King Institute of Preventive Medicine Micro-Biological Section reports 1909-11
Year: 1909
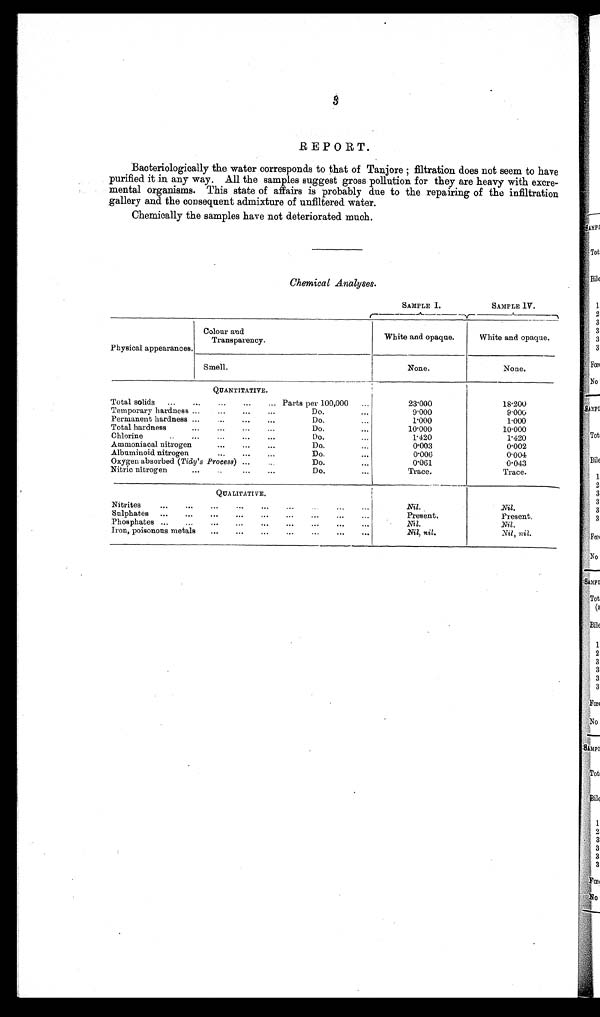
3
REPORT.
Bacteriologically the water corresponds to that of Tanjore ; filtration does not seem to have
purified it in any way. All the samples suggest gross pollution for they are heavy with excre-
mental organisms. This state of affairs is probably due to the repairing of the infiltration
gallery and the consequent admixture of unfiltered water.
Chemically the samples have not deteriorated much.
Chemical Analyses.
SAMPLE I
SAMPLE IV.
Physical appearances.
Colour and
Transparency.
White and opaque.
White and opaque.
Smell.
l
None.
None.
QUANTITATIVE.
Total solids ...
...
...
...
... Parts per 100,000 ...
23.000
18.200
Temporary hardness ... ...
...
...
Do
... 9.000
9.000
Permanent hardness ...
. . . ...
...
Do
...
1.000
1.000
Total hardness
...
...
...
...
Do
...
10.000
10.000
Chlorine
...
...
...
...
...
Do.
...
1.420
1.420
Ammoniacal nitrogen
...
...
...
Do
...
0.003
0.002
Albuminoid nitrogen
...
...
...
Do
...
0.006
0.004
Oxygen absorbed (Tidy's Process) ... ...
Do
...
0.061
0.043
Nitric nitrogen
...
. . .
. . .
. . .
Do.
...
Trace.
Trace.
QUALITATIVE.
Nitrites
...
...
...
. . .
...
. . .
. . . ...
...
Nil.
Nil.
Sulphates ...
...
...
...
...
...
. . .
. . .
. . .
Present.
Present.
Phosphates ...
...
...
...
...
...
...
...
...
Nil.
Nil.
Iron, poisonous metals
. . .
. . .
. . .
. . .
. . .
. . .
. . .
Nil, nil.
Nil, nil.
Pike
of